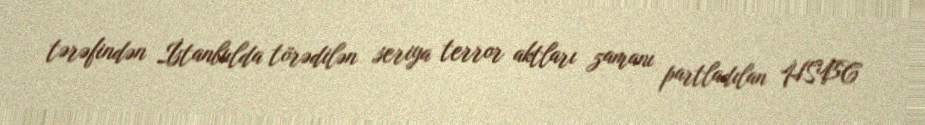
tərəfindən İstanbulda törədilən seriya terror aktları zamanı partladılan HSBC